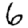
Digit: 6